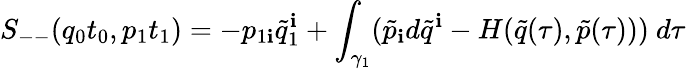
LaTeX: S_{--}(q_{0}t_{0},p_{1}t_{1})=-p_{1\mathbf{i}}\tilde{{q}}_{1}^{\mathbf{i}}+\int_{\gamma_{1}}(\tilde{{p}}_{\mathbf{i}}d\tilde{{q}}^{\mathbf{i}}-H(\tilde{{q}}(\tau),\tilde{{p}}(\tau)))\ d\tau